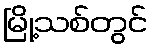
မြို့သစ်တွင်